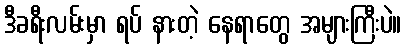
ဒီခရီးလမ်းမှာ ရပ် နားတဲ့ နေရာတွေ အများကြီးပဲ။